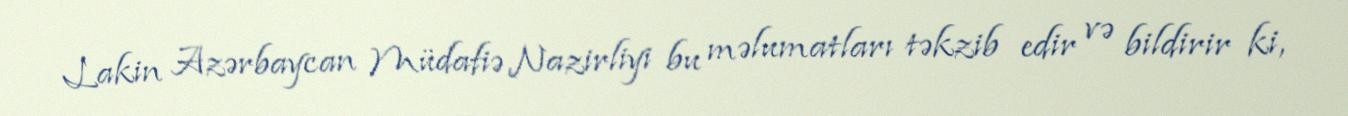
Lakin Azərbaycan Müdafiə Nazirliyi bu məlumatları təkzib edir və bildirir ki,